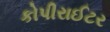
કોપીરાઈટર